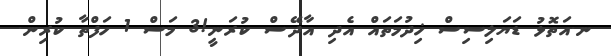
ނ.އަތޮޅު ޑަޔަލިސިސް ޚިދުމަތައް އެދި އާދޭސް ކުރަނީ!3 މަސް 1 ހަފްތާ ކުރިން.